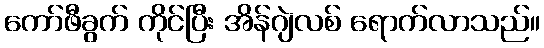
ကော်ဖီခွက် ကိုင်ပြီး အိန်ဂျဲလစ် ရောက်လာသည်။